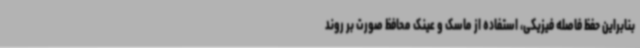
بنابراین حفظ فاصله فیزیکی، استفاده از ماسک و عینک محافظ صورت بر روند